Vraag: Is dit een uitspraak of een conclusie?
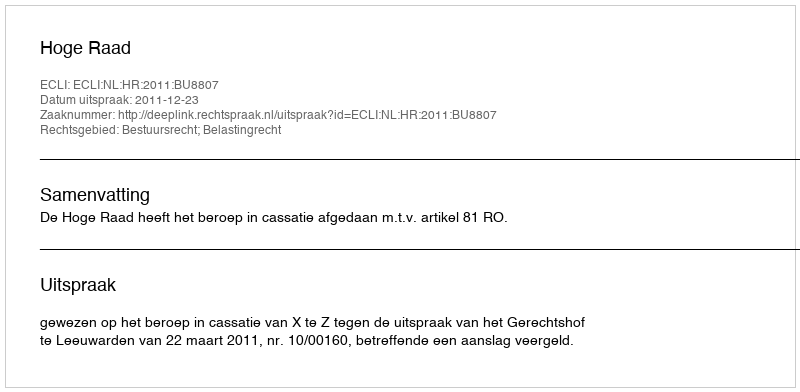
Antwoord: Uitspraak